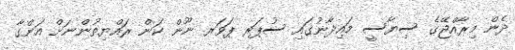
ދެން މިރާއްޖޭގެ ސިޔާސީ މައިދާނުގައި ސުޕަރ ޕަވަރ ނޫން ކަން ރައްޔިތުންނަށް އަންގާ